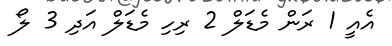
އެއީ 1 ރަން މެޑަލް 2 ރިހި މެޑަލް އަދި 3 ލޯ